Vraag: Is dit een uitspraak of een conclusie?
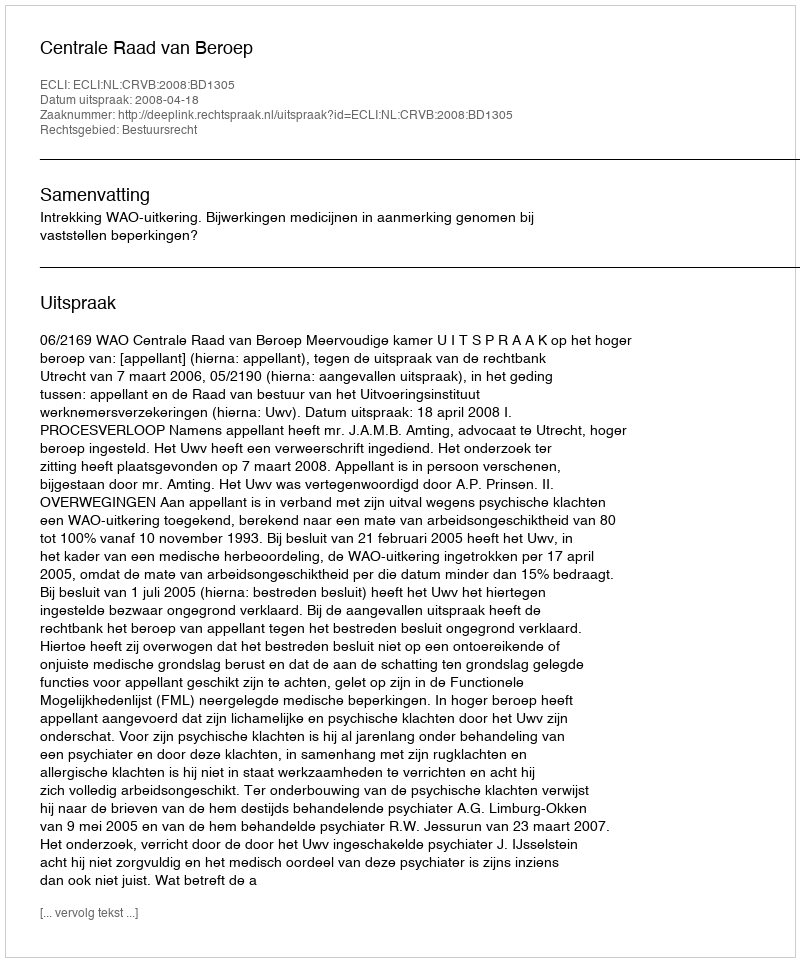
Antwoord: Uitspraak